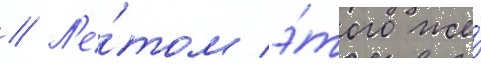
// Л'е́том э́того же́